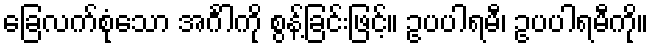
ခြေလက်စုံသော အင်္ဂါကို စွန့်ခြင်းဖြင့်။ ဥပပါရမီ၊ ဥပပါရမီကို။